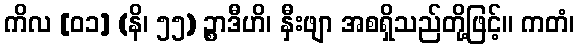
ကိလ [၀၁] (နိ၊ ၅၅) ဉ္စာဒီဟိ၊ နှီးဖျာ အစရှိသည်တို့ဖြင့်။ ကတံ၊